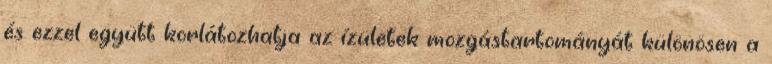
és ezzel együtt korlátozhatja az ízületek mozgástartományát különösen a